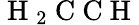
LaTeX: \mathrm{~H~}_{2}\mathrm{~C~C~H~}